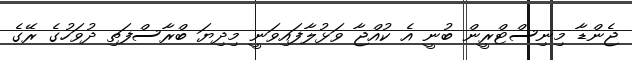
ޖެންޑާ މިނިސްޓްރީން ބުނީ އެ ކުއްޖާ ވަޅުލާފައިވަނީ މިދިޔަ ބްރާސްފަތި ދުވަހުގެ ރޭގެ